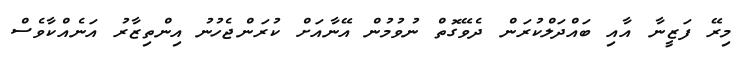
މިރޭ ފަޒީނާ އާއި ބައްދަލްކުރަން ދެވޭގޮތް ނުވުމުން އޭނާއަށް ކުރަންޖެހުނު އިންތިޒާރު އަނެއްކާވެސް